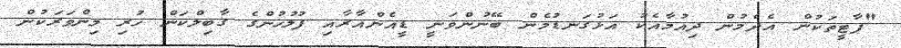
"ޕާޓީތަކުން އެދެމުން ދިއުމާއެކު އަޅުގަނޑުމެން ބޭނުންވަނީ ޑީއެންއާރާއި ފުލުހުންގެ ގާބިލްކަން ހުރި މިންވަރަކުން